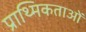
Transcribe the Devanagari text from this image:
प्राथ्मिकताओं